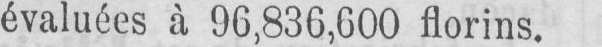
évaluées à 96,836,600 florins.